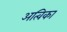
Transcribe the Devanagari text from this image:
अत्विका